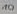
Text: 10